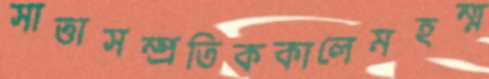
সাত্তাসম্প্রতিককালেমহম্ম